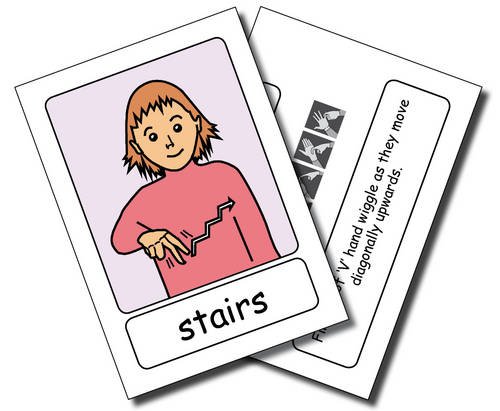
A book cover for Let's Sign BSL Flashcards: House and Home (Lets Sign Series of British Sign Language (BSL) Educational Materials); Cath Smith; Teen & Young Adult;